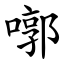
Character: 㗥